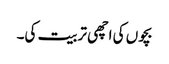
بچوں کی اچھی تربیت کی۔